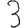
Digit: 3